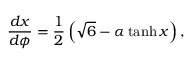
{ \frac { d x } { d \phi } = \frac { 1 } { 2 } \left( \sqrt { 6 } - \alpha \operatorname { t a n h } x \right) , }